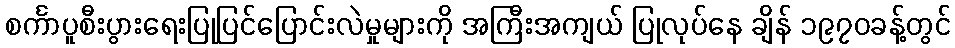
စင်္ကာပူစီးပွားရေးပြုပြင်ပြောင်းလဲမှုများကို အကြီးအကျယ် ပြုလုပ်နေ ချိန် ၁၉၇၀ခန့်တွင်